Civil Veterinary Dept. North-West Frontier Province 1933-46 - 1933-1946
Year: 1933
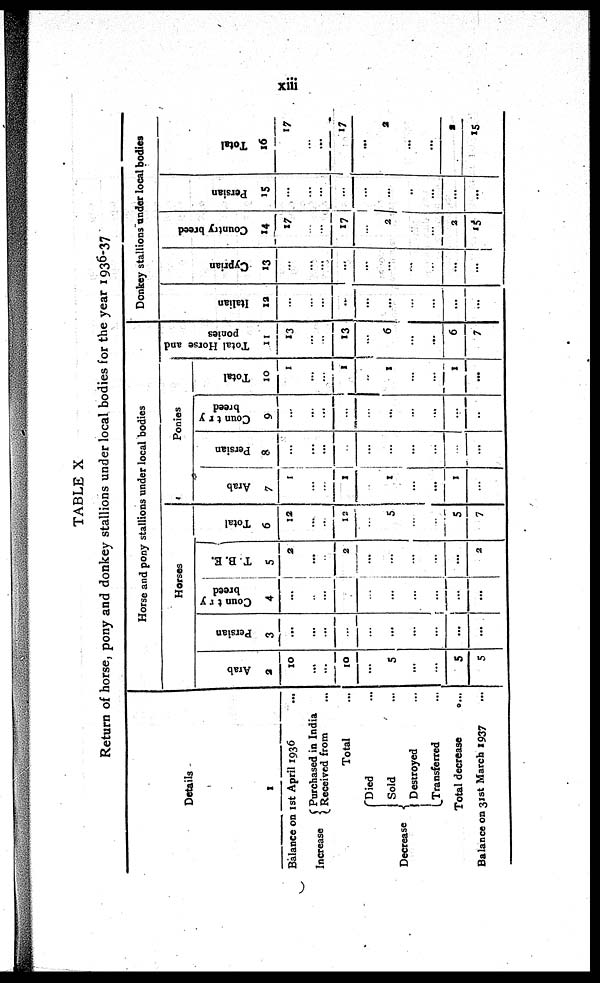
xiii
TABLE X
Return of horse, pony and donkey stallions under local bodies for the year 1936-37
Details
1
Balance on 1st April 1936 ...
Increase
Purchased in India
Received from ...
Total ...
Decrease
Died ...
Sold ...
Destroyed ...
Transferred ...
Total decrease
...
Balance on 31st March 1937 ...
Horse and pony stallions under local bodies
Horses
Arab
2
10
...
...
10
...
5
...
...
5
5
Persian
3
...
...
...
...
...
...
...
...
...
...
Country
breed
4
...
...
...
...
...
...
...
...
...
...
T. B. E.
5
3
...
...
2
...
...
...
...
...
2
Total
6
12
...
...
12
...
5
...
...
5
7
Ponies
Arab
7
1
...
...
1
...
1
...
...
1
...
Persian
8
...
...
...
..
...
...
...
...
...
...
Country
breed
9
...
...
...
...
...
...
...
...
...
..
Total
10
1
...
...
1
...
1
...
...
1
...
Total Horse and
ponies
11
13
...
...
13
...
6
...
...
6
7
Donkey stallions under local bodies
Italian
12
...
...
...
...
...
...
...
...
...
...
Cyprian
13
...
...
...
...
...
...
...
...
...
...
Country breed
14
17
...
...
17
...
2
..
...
2
15
Persian
15
...
...
...
...
...
...
...
...
...
...
Total
16
17
...
...
17
...
2
...
...
2
15